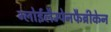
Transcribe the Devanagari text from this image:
ग्लोईलैम्पेनफैब्रीकेन